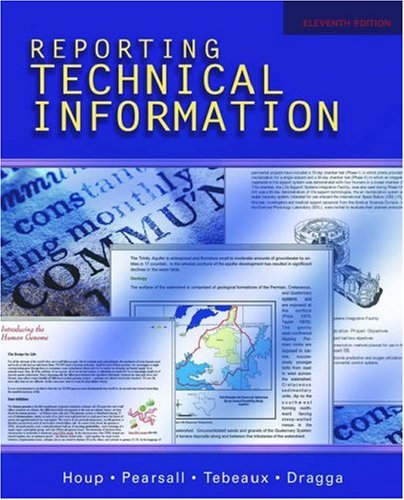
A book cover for Reporting Technical Information; Kenneth W. Houp; Literature & Fiction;